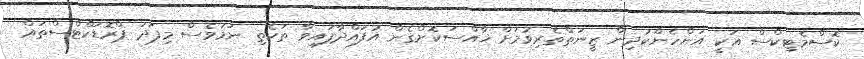
ކޮސްމެޓިކްސް އަކީ އަންހެންކުދިން ޒީނަތްތެރިވުމަށް ޚާއްސަކޮށްގެން އުފައްދާފައިވާ ތަކެތި ނަމަވެސް މިފަދަ ޕްރޮޑަކްޓްސްތައް